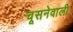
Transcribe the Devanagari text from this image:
चूसनेवाली